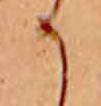
か